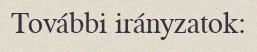
További irányzatok: